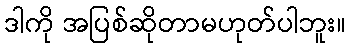
ဒါကို အပြစ်ဆိုတာမဟုတ်ပါဘူး။